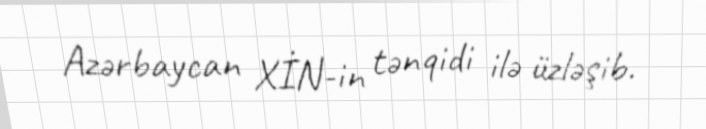
Azərbaycan XİN-in tənqidi ilə üzləşib.